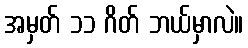
အမှတ် ၁၁ ဂိတ် ဘယ်မှာလဲ။